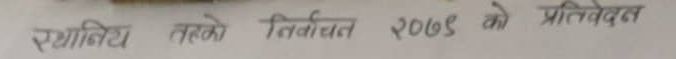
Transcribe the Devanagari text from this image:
स्थानिय तहको निर्वाचन २०७९ को प्रतिवेदन